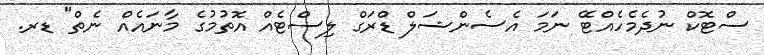
ސްޓޮކް ނުދެމެހެއްޓޭ ނަމަ އެސެންޝަލް ޑްރަގް ލިސްޓެއް އޮތުމުގެ މާނައެއް ނެތް" ޑރ.